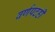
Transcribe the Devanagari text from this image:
वर्णपटही